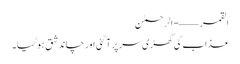
القمر ——- الرحمٰن
عذاب کی گھڑی سر پر آ گئی اور چاند شق ہو گیا۔